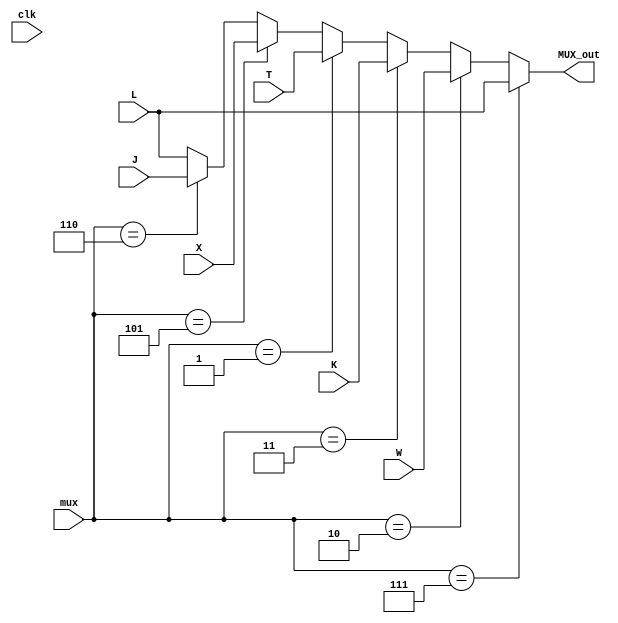
//MUX 

module MUX ( input clk, 
             input [2:0] mux,
             input [23:0] L,
             input [23:0] W,
             input [23:0] K,
             input [23:0] T,
             input [23:0] X,
             input [23:0] J,
             output [23:0] MUX_out   
);
// 111 - L (default)
// 010 - W
// 011 - K
// 001 - T
// 101 - X
// 110 - J

    assign MUX_out = (mux == 3'b111) ? L  : (mux == 3'b010) ? W : (mux == 3'b011) ? K : (mux == 3'b001) ? T : (mux == 3'b101) ? X : (mux == 3'b110) ? J : L;
endmodule //MUX